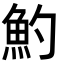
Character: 魡